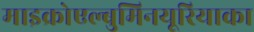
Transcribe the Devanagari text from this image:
माइक्रोएल्बुमिनयूरियाका